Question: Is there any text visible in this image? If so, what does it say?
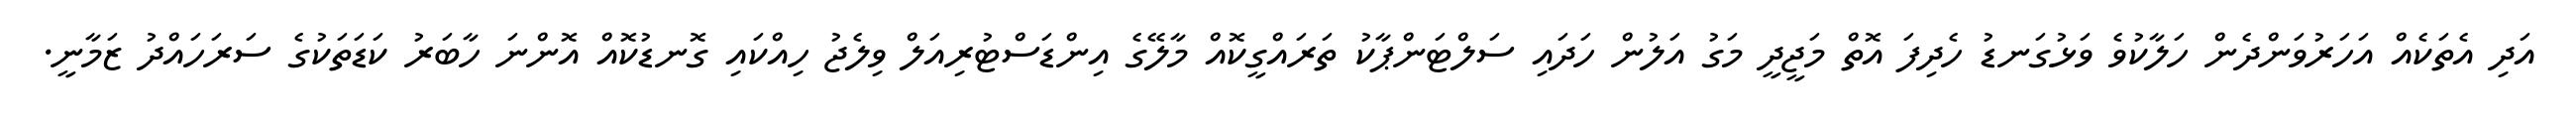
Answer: އަދި އެތަކެއް އަހަރުވަންދެން ހަލާކުވެ ވަޅުގަނޑު ހެދިފަ އޮތް މަޖީދީ މަގު އަލުން ހަދައި ސަލްޓަންޕާކު ތަރައްގީކޮއް މާލޭގެ އިންޑަސްޓުރިއަލް ވިލެޖު ހިއްކައި ގޮނޑުކޮއް އޮންނަ ހާބަރު ކަޑަތަކުގެ ސަރަހައްދު ޒަމާނީ.